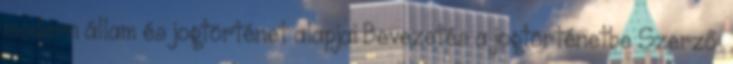
modern állam és jogtörténet alapjai Bevezetés a jogtörténetbe Szerző: